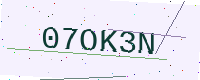
Text: 07OK3N